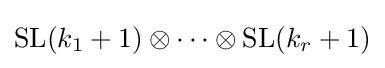
\mathrm {SL} (k_{1}+1)\otimes \cdots \otimes \mathrm {SL} (k_{r}+1)